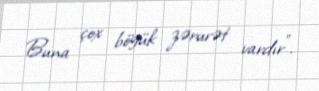
Buna çox böyük zərurət vardır".